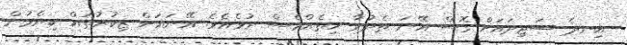
އިނދެ ސަޖިދައަށް ގޮސް އޭނަ ތެދުވާ ހިތެއްވެސް ނުވެއެވެ. އޭނައަށް ޒިކުރުތައް ކިޔެމުން